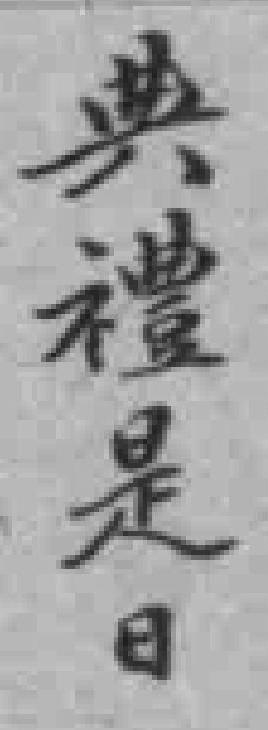
典禮是日